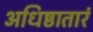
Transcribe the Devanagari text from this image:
अधिष्ठातारं